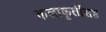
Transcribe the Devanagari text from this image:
कलाकृतींसह